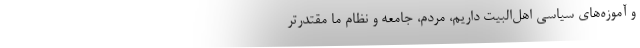
و آموزه‌های سیاسی اهل‌البیت داریم، مردم، جامعه و نظام ما مقتدرتر